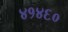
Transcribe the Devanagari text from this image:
४१४६०